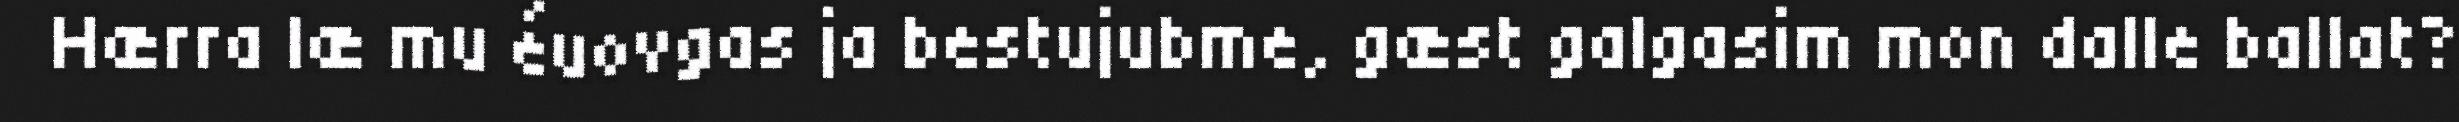
Hærra læ mu éuovgas ja bestujubme, gæst galgasim mon dalle ballat?